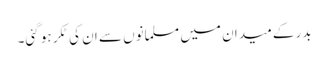
بدر کے میدان میں مسلمانوں سے ان کی ٹکر ہو گئی۔